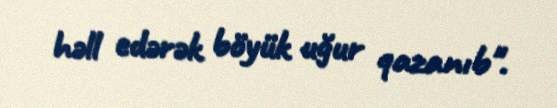
həll edərək böyük uğur qazanıb".